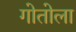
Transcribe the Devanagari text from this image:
गोतोला